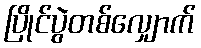
ပြိုင်ပွဲတစ်လျှောက်